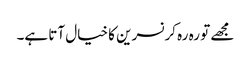
مجھے تو رہ رہ کر نسرین کا خیال آتا ہے۔